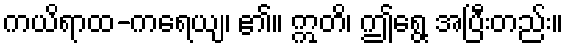
ကယိရာထ-ကရေယျ၊ ၏။ ဣတိ၊ ဤရွေ့ အပြီးတည်း။